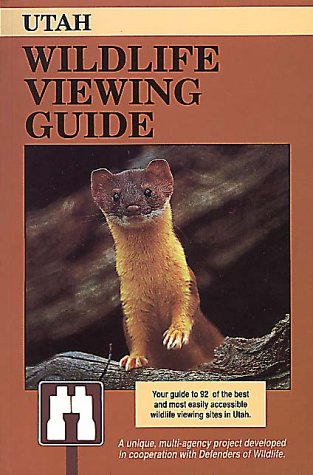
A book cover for Utah Wildlife Viewing Guide (Wildlife Viewing Guides Series); Jim Cole; Travel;